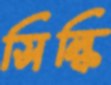
সিল্কি